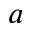
a